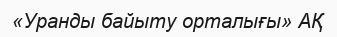
«Уранды байыту орталығы» АҚ